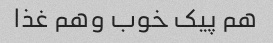
هم پیک خوب وهم غذا